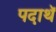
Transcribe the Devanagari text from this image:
पदाथॅ